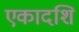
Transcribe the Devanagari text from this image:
एकादशि